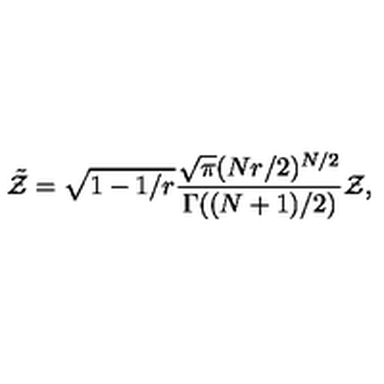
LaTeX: \tilde { \cal Z } = \sqrt { 1 - 1 / r } { \frac { \sqrt { \pi } ( N r / 2 ) ^ { N / 2 } } { \Gamma ( ( N + 1 ) / 2 ) } } { \cal Z } ,